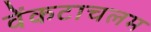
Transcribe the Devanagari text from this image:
वेंकटाचलम